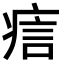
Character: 𤶘